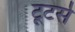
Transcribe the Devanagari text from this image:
टूटर्स